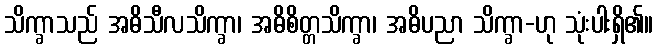
သိက္ခာသည် အဓိသီလသိက္ခာ၊ အဓိစိတ္တသိက္ခာ၊ အဓိပညာ သိက္ခာ-ဟု သုံးပါးရှိ၏။